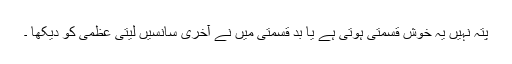
پتہ نہیں یہ خوش قسمتی ہوتی ہے یا بد قسمتی میں نے آخری سانسیں لیتی عظمی کو دیکھا ۔